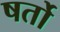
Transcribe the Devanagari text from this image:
षर्तो